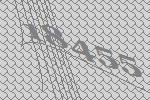
18455